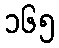
၁၆၅